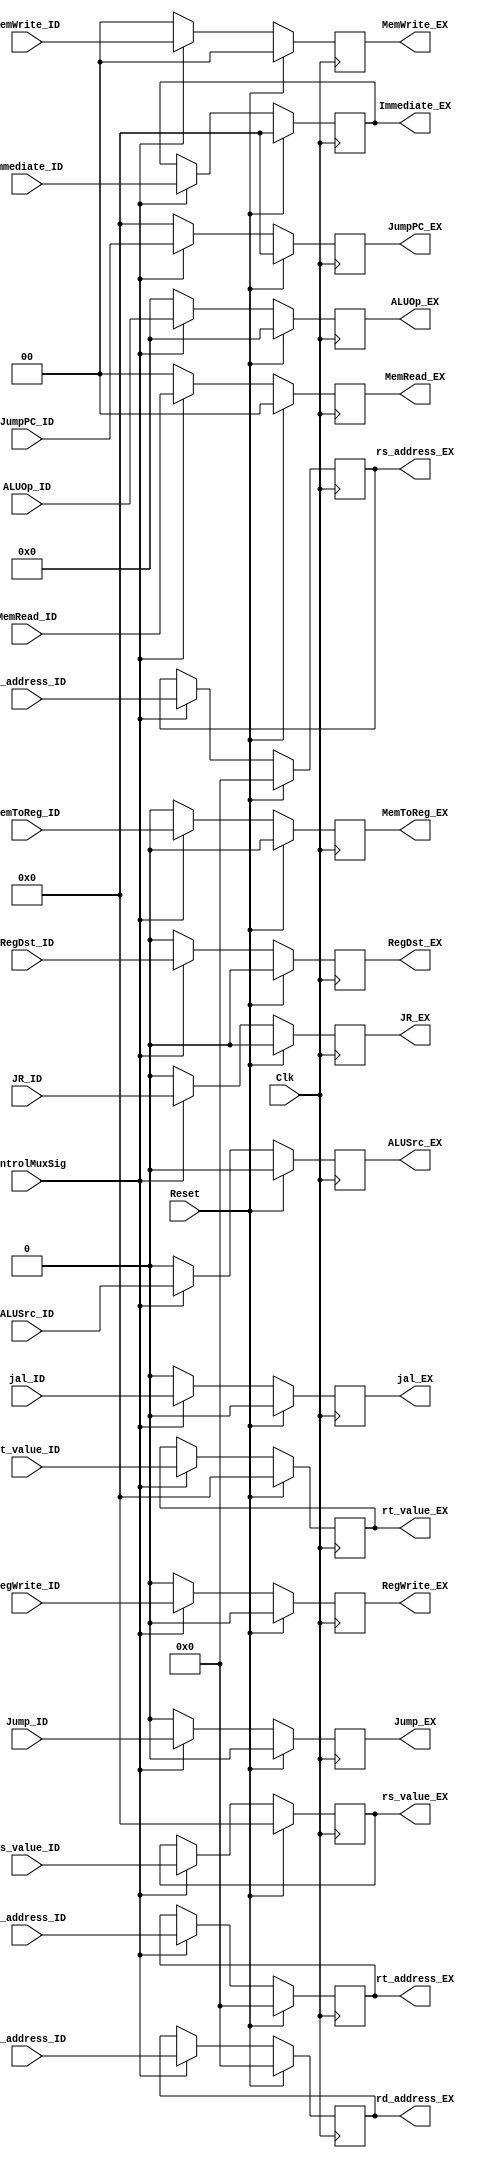
`timescale 1ns / 1ps

// we need to save all control signals in here, as well as bits 15-0(sign extended), 20-16,
// and 15-11 of the instruction
// also need read_data1, read_data2 (rs and rt value)
// rs[25:21], rt[20-16], rd[15-11]

// RegWrite, PCSrc, RegDst, ALUOp, ALUSrc, Branch, MemWrite, MemToReg, MemRead

module ID_EX_Reg(RegWrite_ID, RegDst_ID, ALUOp_ID,
 ALUSrc_ID, /*Branch_ID,*/ MemWrite_ID, MemToReg_ID, MemRead_ID, 
 rs_value_ID, rt_value_ID, Immediate_ID, rs_address_ID, rt_address_ID, rd_address_ID, /*PCAddresult_ID,*/ jal_ID, Jump_ID, JR_ID, JumpPC_ID,
 RegWrite_EX, RegDst_EX, ALUOp_EX,
 ALUSrc_EX, /*Branch_EX,*/ MemWrite_EX, MemToReg_EX, MemRead_EX, 
 rs_value_EX, rt_value_EX, Immediate_EX, rs_address_EX, rt_address_EX, rd_address_EX, /*PCAddresult_EX,*/ jal_EX, Jump_EX, JR_EX, JumpPC_EX, ControlMuxSig, Clk, Reset);

input Reset;
input Clk;
input RegWrite_ID, RegDst_ID, 
 ALUSrc_ID, /*Branch_ID,*/ MemToReg_ID, jal_ID, Jump_ID, JR_ID;
input [3:0] ALUOp_ID;
input [1:0] MemWrite_ID, MemRead_ID;
input [31:0] rs_value_ID, rt_value_ID /*,PCAddresult_ID*/;
input [31:0] Immediate_ID;
input [4:0] rs_address_ID, rt_address_ID, rd_address_ID;
input [31:0] JumpPC_ID;

input ControlMuxSig;

output reg [1:0] MemWrite_EX, MemRead_EX;
output reg [3:0] ALUOp_EX;
output reg [4:0] rs_address_EX, rt_address_EX, rd_address_EX;
output reg [31:0] rs_value_EX, rt_value_EX /*,PCAddresult_EX*/;
output reg [31:0] Immediate_EX;
output reg RegWrite_EX, RegDst_EX, 
 ALUSrc_EX, /*Branch_EX,*/ MemToReg_EX, jal_EX, Jump_EX, JR_EX;
output reg [31:0] JumpPC_EX;

initial begin

RegWrite_EX <= 0;
// PCSrc_EX <= 0;
RegDst_EX <= 0;
ALUOp_EX <= 0;
ALUSrc_EX <= 0;
//Branch_EX <= 0;
MemWrite_EX <= 0;
MemToReg_EX <= 0;
MemRead_EX <= 0;
rs_value_EX <= 0;
rt_value_EX <= 0;
Immediate_EX <= 0;
rt_address_EX <= 0;
rd_address_EX <= 0;
//PCAddresult_EX <= 0;

end

always @(posedge Clk) begin

if (Reset == 1)begin
RegWrite_EX <= 0;
// PCSrc_EX <= 0;
RegDst_EX <= 0;
ALUOp_EX <= 0;
ALUSrc_EX <= 0;
// Branch_EX <= 0;
MemWrite_EX <= 0;
MemToReg_EX <= 0;
MemRead_EX <= 0;
rs_value_EX <= 0;
rt_value_EX <= 0;
Immediate_EX <= 0;
rs_address_EX <= 0;
rt_address_EX <= 0;
rd_address_EX <= 0;
//PCAddresult_EX <= 0;
jal_EX <= 0;
Jump_EX <= 0;
JR_EX <= 0;
JumpPC_EX <= 0;
end
else if(ControlMuxSig == 1) begin
RegWrite_EX <= RegWrite_ID;
// PCSrc_EX <= PCSrc_ID;
RegDst_EX <= RegDst_ID;
ALUOp_EX <= ALUOp_ID;
ALUSrc_EX <= ALUSrc_ID;
// Branch_EX <= Branch_ID;
MemWrite_EX <= MemWrite_ID;
MemToReg_EX <= MemToReg_ID;
MemRead_EX <= MemRead_ID;
rs_value_EX <= rs_value_ID;
rt_value_EX <= rt_value_ID;
Immediate_EX <= Immediate_ID;
rs_address_EX <= rs_address_ID;
rt_address_EX <= rt_address_ID;
rd_address_EX <= rd_address_ID;
//PCAddresult_EX <= PCAddresult_ID;
jal_EX <= jal_ID;
Jump_EX <= Jump_ID;
JR_EX <= JR_ID;
JumpPC_EX <= JumpPC_ID;
end
else begin
RegWrite_EX <= 0;
RegDst_EX <= 0;
ALUOp_EX <= 0;
ALUSrc_EX <= 0;
MemWrite_EX <= 0;
MemToReg_EX <= 0;
MemRead_EX <= 0;
//rs_value_EX <= 0;
//rt_value_EX <= 0;
//Immediate_EX <= 0;
//rs_address_EX <= 0;
//rt_address_EX <= 0;
//rd_address_EX <= 0;
jal_EX <= 0;
Jump_EX <= 0;
JR_EX <= 0;
JumpPC_EX <= 0;
end

end
endmodule